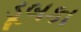
ડૂબકા